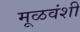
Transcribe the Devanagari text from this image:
मूळवंशी